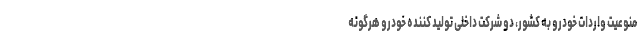
منوعیت واردات خودرو به کشور، دو شرکت داخلی تولید کننده خودرو هرگونه